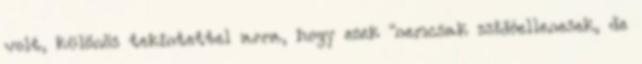
volt, különös tekintettel arra, hogy ezek "nemcsak zsidóellenesek, de